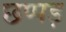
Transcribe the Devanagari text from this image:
छप्पड़